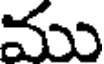
ము